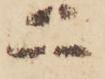
二